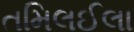
તમિલઈલા